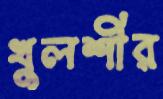
খুলশীর